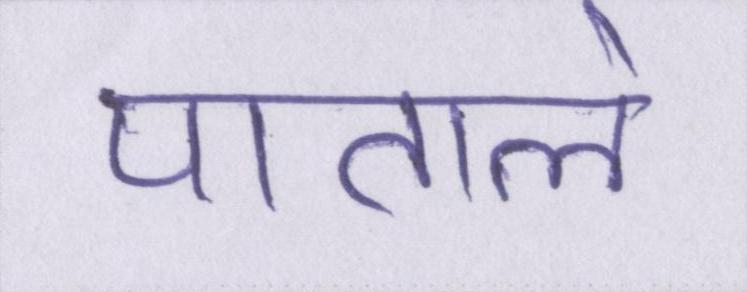
पाताले